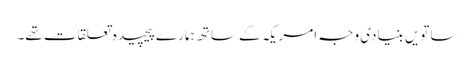
ساتویں بنیادی وجہ امریکہ کے ساتھ ہمارے پیچیدہ تعلقات تھے۔